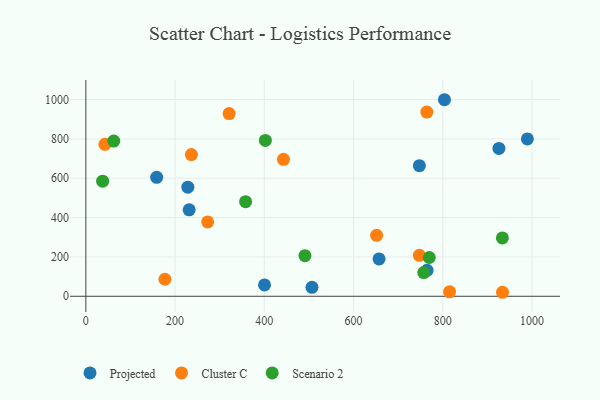
{"axis": {"x": "Price", "y": "Sales"}, "legend": ["Cluster C", "Projected", "Scenario 2"], "data": [{"x": "506.8", "y": 45.3, "type": "Projected"}, {"x": "989.5", "y": 799.7, "type": "Projected"}, {"x": "231.5", "y": 439.3, "type": "Projected"}, {"x": "803.7", "y": 999.1, "type": "Projected"}, {"x": "228.5", "y": 554.8, "type": "Projected"}, {"x": "400.4", "y": 57.9, "type": "Projected"}, {"x": "158.7", "y": 604.8, "type": "Projected"}, {"x": "764.7", "y": 131.8, "type": "Projected"}, {"x": "925.7", "y": 751.3, "type": "Projected"}, {"x": "747.5", "y": 664.1, "type": "Projected"}, {"x": "657.1", "y": 189.7, "type": "Projected"}, {"x": "321.1", "y": 928.5, "type": "Cluster C"}, {"x": "42.8", "y": 772.4, "type": "Cluster C"}, {"x": "236.5", "y": 720.4, "type": "Cluster C"}, {"x": "442.9", "y": 696.1, "type": "Cluster C"}, {"x": "747.4", "y": 208.2, "type": "Cluster C"}, {"x": "651.6", "y": 310.0, "type": "Cluster C"}, {"x": "764.2", "y": 936.2, "type": "Cluster C"}, {"x": "933.8", "y": 20.3, "type": "Cluster C"}, {"x": "273.0", "y": 377.9, "type": "Cluster C"}, {"x": "177.2", "y": 86.4, "type": "Cluster C"}, {"x": "815.1", "y": 22.7, "type": "Cluster C"}, {"x": "37.6", "y": 584.9, "type": "Scenario 2"}, {"x": "358.0", "y": 481.0, "type": "Scenario 2"}, {"x": "62.5", "y": 788.9, "type": "Scenario 2"}, {"x": "757.3", "y": 120.4, "type": "Scenario 2"}, {"x": "933.5", "y": 296.4, "type": "Scenario 2"}, {"x": "402.3", "y": 792.0, "type": "Scenario 2"}, {"x": "491.0", "y": 206.1, "type": "Scenario 2"}, {"x": "769.6", "y": 197.2, "type": "Scenario 2"}]}